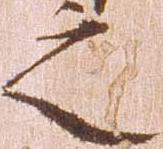
之